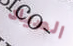
الصياد